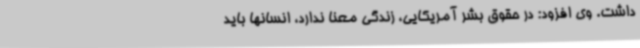
داشت. وی افزود: در حقوق بشر آمریکایی، زندگی معنا ندارد، انسانها باید